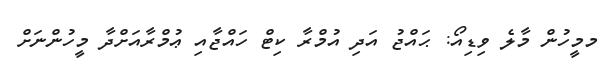
މމީހުން މާލެ ވިޑިއޯ: ޙައްޖު އަދި އުމްރާ ކިޓް ހައްޖާއި ޢުމްރާއަށްދާ މީހުންނަށް